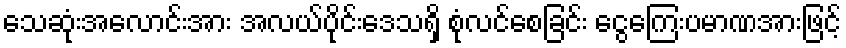
သေဆုံးအလောင်းအား အလယ်ပိုင်းဒေသရှိ စုံလင်စေခြင်း ငွေကြေးပမာဏအားဖြင့်